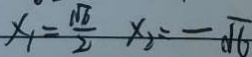
x _ { 1 } = \frac { \sqrt { 6 } } { 2 } x _ { 2 } = - \sqrt { 6 }